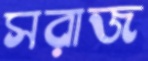
সরাজ